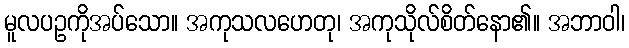
မူလပဥကိုအပ်သော။ အကုသလဟေတု၊ အကုသိုလ်စိတ်နော၏။ အဘာဝါ၊